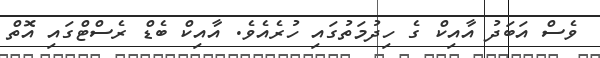
ވެސް އަބަދު އާއިކް ގެ ހިދުމަތުގައި ހުރެއެވެ. އާއިކް ބެޑް ރެސްޓްގައި އޮތް